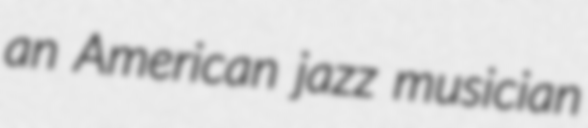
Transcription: an American jazz musician